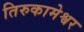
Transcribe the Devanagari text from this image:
तिरुकामेश्वर